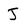
Character: J